Leaving Certificate Examination, 1918, 1918
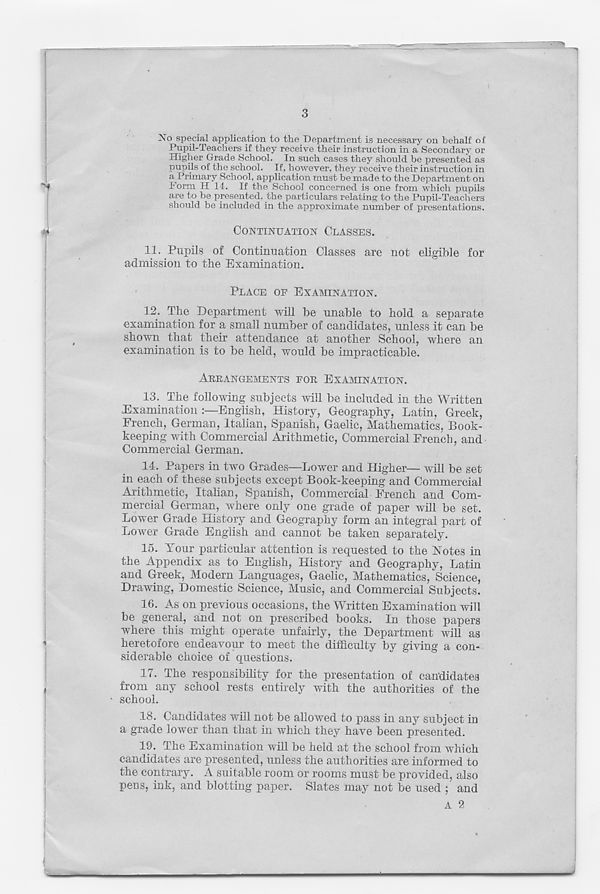
3
No special application to the Department is necessary on behalf of
Pupil-Teachers if they receive their instruction in a Secondary or
Higher Grade School. In such cases they should be presented as
pupils of the school. If, however, they receive their instruction in
a Primary School, application must be made to the Department on
Form H 14. If the School concerned is one from which pupils
are to be presented, the particulars relating to the Pupil-Teachers
should be included in the approximate number of presentations.
CONTINUATION CLASSES.
11. Pupils of Continuation Classes are not eligible for
admission to the Examination.
PLACE OF EXAMINATION.
12. The Department will be unable to hold a separate
examination for a small number of candidates, unless it can be
shown that their attendance at another School, where an
examination is to be held, would be impracticable.
ARRANGEMENTS FOR EXAMINATION.
13. The following subjects will be included in the Written
Examination
English, History, Geography, Latin, Greek,
French, German, Italian, Spanish, Gaelic, Mathematics, Book-
keeping with Commercial Arithmetic, Commercial French, and
Commercial German.
14. Papers in two Grades—Lower and Higher— will be set
in each of these subjects except Book-keeping and Commercial
Arithmetic, Italian, Spanish, Commercial French and Com-
mercial German, where only one grade of paper will be set.
Lower Grade History and Geography form an integral part of
Lower Grade English and cannot be taken separately.
15. Your particular attention is requested to the Notes in
the Appendix as to English, History and Geography, Latin
and Greek, Modern Languages, Gaelic, Mathematics, Science,
Drawing, Domestic Science, Music, and Commercial Subjects.
16. As on previous occasions, the Written Examination will
be general, and not on prescribed books. In those papers
where this might operate unfairly, the Department will as
heretofore endeavour to meet the difficulty by giving a con-
siderable choice of questions.
17. The responsibility for the presentation of candidates
from any school rests entirely with the authorities of the
school.
18. Candidates will not be allowed to pass in any subject in
a grade lower than that in which they have been presented.
19. The Examination will be held at the school from which
candidates are presented, unless the authorities are informed to
the contrary. A suitable room or rooms must be provided, also
pens, ink, and blotting paper. Slates may not be used ; and
A 2